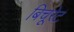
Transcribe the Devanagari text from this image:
बिचूरेट